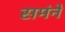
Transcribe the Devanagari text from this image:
समंने